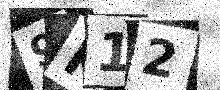
Text: 9K12